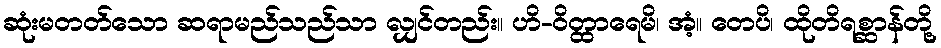
ဆုံးမတတ်သော ဆရာမည်သည်သာ လျှင်တည်း။ ဟိ-ဝိတ္ထာရေမိ၊ အံ့။ တေပိ၊ ထိုတိရစ္ဆာန်တို့